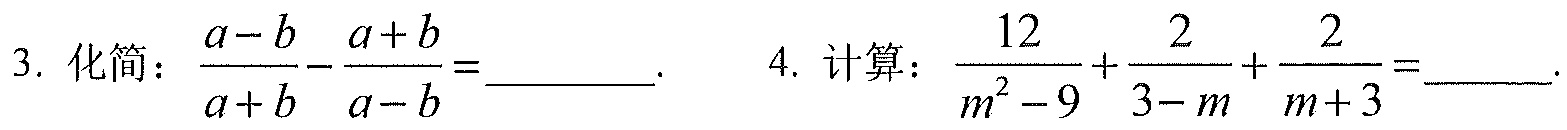
3. 化简：\(\frac{a - b}{a + b}-\frac{a + b}{a - b}=\underline{\quad\quad}\).
4. 计算：\(\frac{12}{m^{2}-9}+\frac{2}{3 - m}+\frac{2}{m + 3}=\underline{\quad\quad}\).